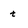
Character: t